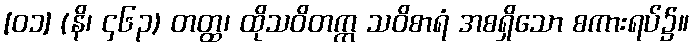
[၀၁] (နိ၊ ၄၆၃) တတ္ထ၊ ထိုသဝိတက္က သဝိစာရံ အစရှိသော စကားရပ်၌။